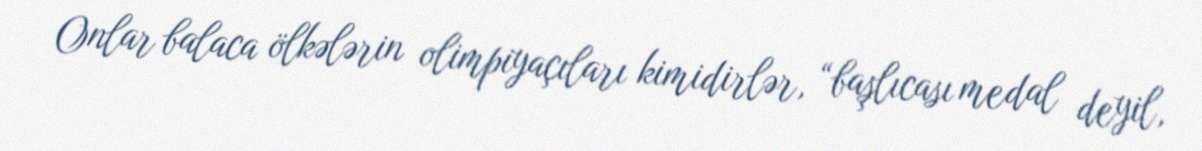
Onlar balaca ölkələrin olimpiyaçıları kimidirlər, “başlıcası medal deyil,